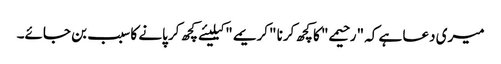
میری دعا ہے کہ "رحیمے" کا کچھ کرنا "کریمے" کیلیئے کچھ کر پانے کا سبب بن جائے۔